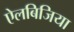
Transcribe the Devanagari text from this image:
ऐलबिजिया